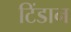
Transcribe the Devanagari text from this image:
टिंडान